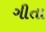
ગીતા